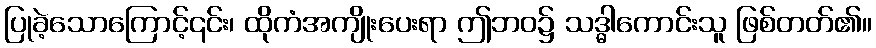
ပြုခဲ့သောကြောင့်၎င်း၊ ထိုကံအကျိုးပေးရာ ဤဘဝ၌ သဒ္ဓါကောင်းသူ ဖြစ်တတ်၏။